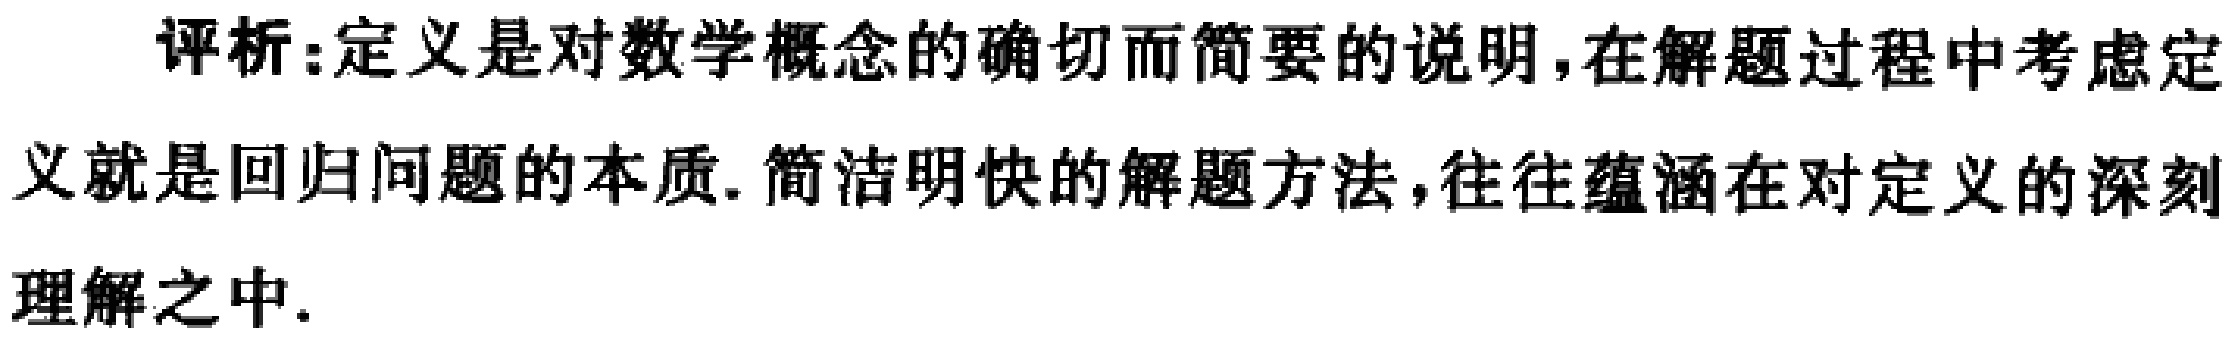
评析:定义是对数学概念的确切而简要的说明,在解题过程中考虑定义就是回归问题的本质. 简洁明快的解题方法,往往蕴涵在对定义的深刻理解之中.